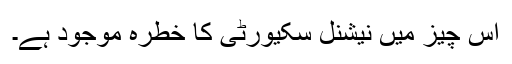
اس چیز میں نیشنل سکیورٹی کا خطرہ موجود ہے۔